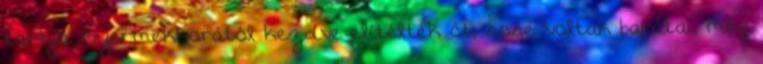
tartja. Gyermekkorától kezdve elítélték őt, sose voltak barátai, még